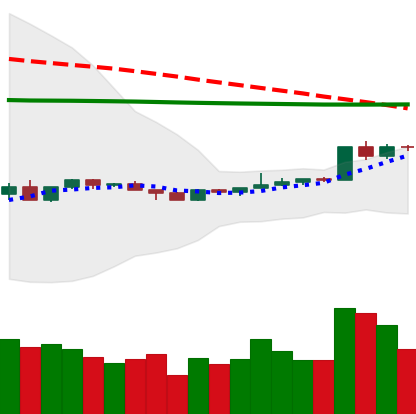
Ticker: EOS-USD
Chart end date: 2020-04-09
Forward return: -10.114%
Label: down_7plus